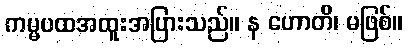
ကမ္မပထအထူးအပြားသည်။ န ဟောတိ၊ မဖြစ်။